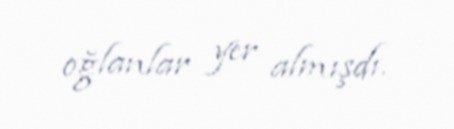
oğlanlar yer almışdı.